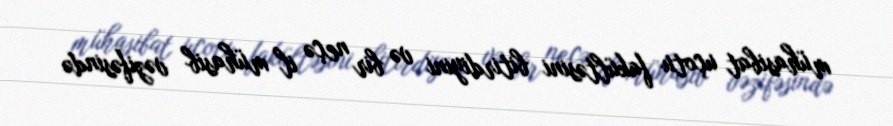
mühasibat uçotu fakültəsini bitirdiyini və bir neçə il mühasib vəzifəsində